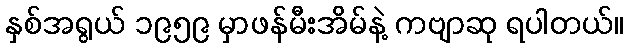
နှစ်အရွယ် ၁၉၅၉ မှာဖန်မီးအိမ်နဲ့ ကဗျာဆု ရပါတယ်။